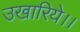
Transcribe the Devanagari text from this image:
उखारिये।।